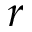
r